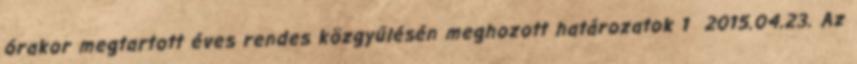
órakor megtartott éves rendes közgyűlésén meghozott határozatok 1 2015.04.23. Az